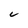
Character: C